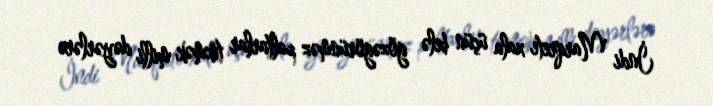
İndi Marqrete xala üçün belə gözəgörünməz paltarlar tikmək milli dəyərlərə